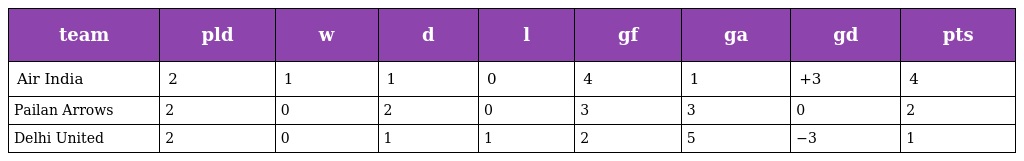
| team | pld | w | d | l | gf | ga | gd | pts |
 | --- | --- | --- | --- | --- | --- | --- | --- | --- |
 | Air India | 2 | 1 | 1 | 0 | 4 | 1 | +3 | 4 |
 | Pailan Arrows | 2 | 0 | 2 | 0 | 3 | 3 | 0 | 2 |
 | Delhi United | 2 | 0 | 1 | 1 | 2 | 5 | −3 | 1 |